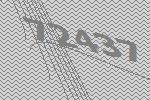
72437